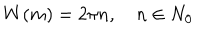
W ( m ) = 2 \pi n , \quad n \in N _ { 0 }